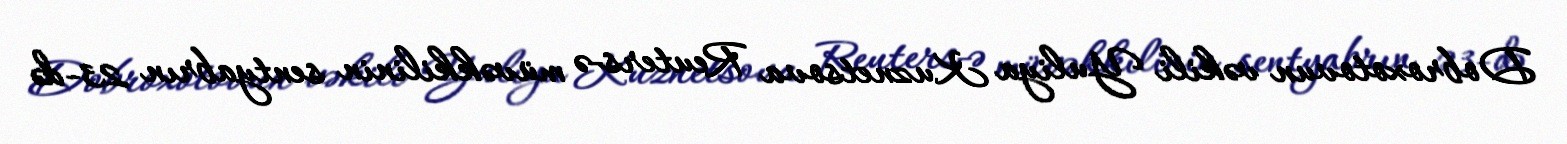
Dobroxotovun vəkili Yuliya Kuznetsova Reuters-ə müvəkkilinin sentyabrın 23-də